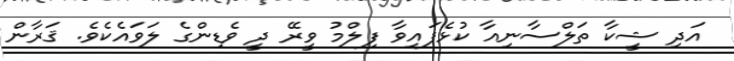
އަދި ޝީކާ ތަލްސާނިއާ ކުޅެފައިވާ ފިލްމު ވީރޭ ދީ ވެޑިންގެ ލަވައެކެވެ. ޤަރާން